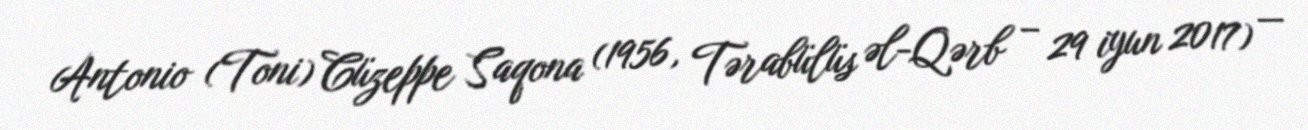
Antonio (Toni) Cüzeppe Saqona (1956, Tərabülüs əl-Qərb – 29 iyun 2017) —